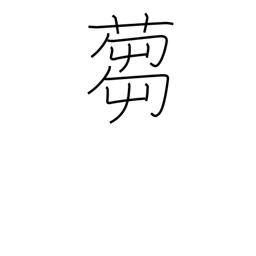
Meaning: to cut grass